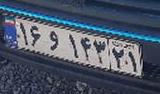
۱۶و۱۴۳۲۱